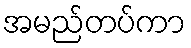
အမည်တပ်ကာ